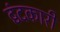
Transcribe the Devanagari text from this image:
द्वंदकारी